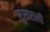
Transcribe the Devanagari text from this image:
सुस्वराली